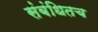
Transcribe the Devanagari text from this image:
संबंधितच